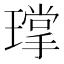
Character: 𮴴